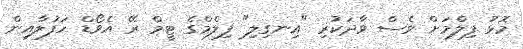
މޮޅު ފިލްމަށް ވެސް ވާދަކުރި "އިނގިލި" ފިލްމްގެ ޓީމް ރޭ އެވޯޑް ހަފުލާއިން